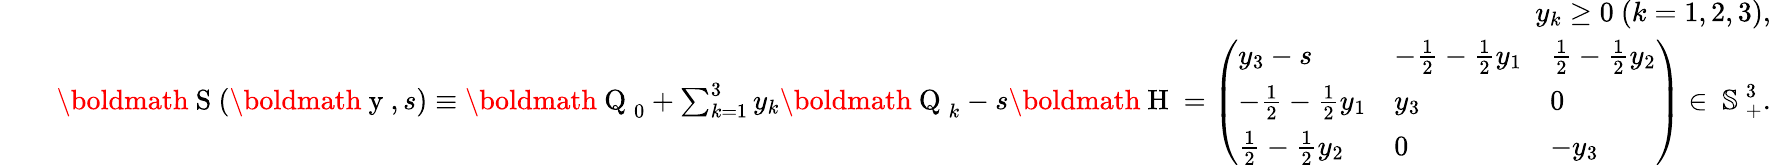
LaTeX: \begin{array}{rlr}&{}&{y_{k}\geq 0\ (k=1,2,3),}\\ &{}&{\mathrm{\boldmath~S~}(\mathrm{\boldmath~y~},s)\equiv\mathrm{\boldmath~Q~}_{0}+\sum_{k=1}^{3}y_{k}\mathrm{\boldmath~Q~}_{k}-s\mathrm{\boldmath~H~}=\left(\begin{array}{lll}{y_{3}-s}&{-\frac{1}{2}-\frac{1}{2}y_{1}}&{\frac{1}{2}-\frac{1}{2}y_{2}}\\ {-\frac{1}{2}-\frac{1}{2}y_{1}}&{y_{3}}&{0}\\ {\frac{1}{2}-\frac{1}{2}y_{2}}&{0}&{-y_{3}}\end{array}\right)\in\mathrm{~\mathbb{S}~}_{+}^{3}.}\end{array}